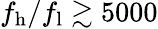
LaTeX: f_{\mathrm{h}}/f_{\mathrm{l}}\gtrsim 5000